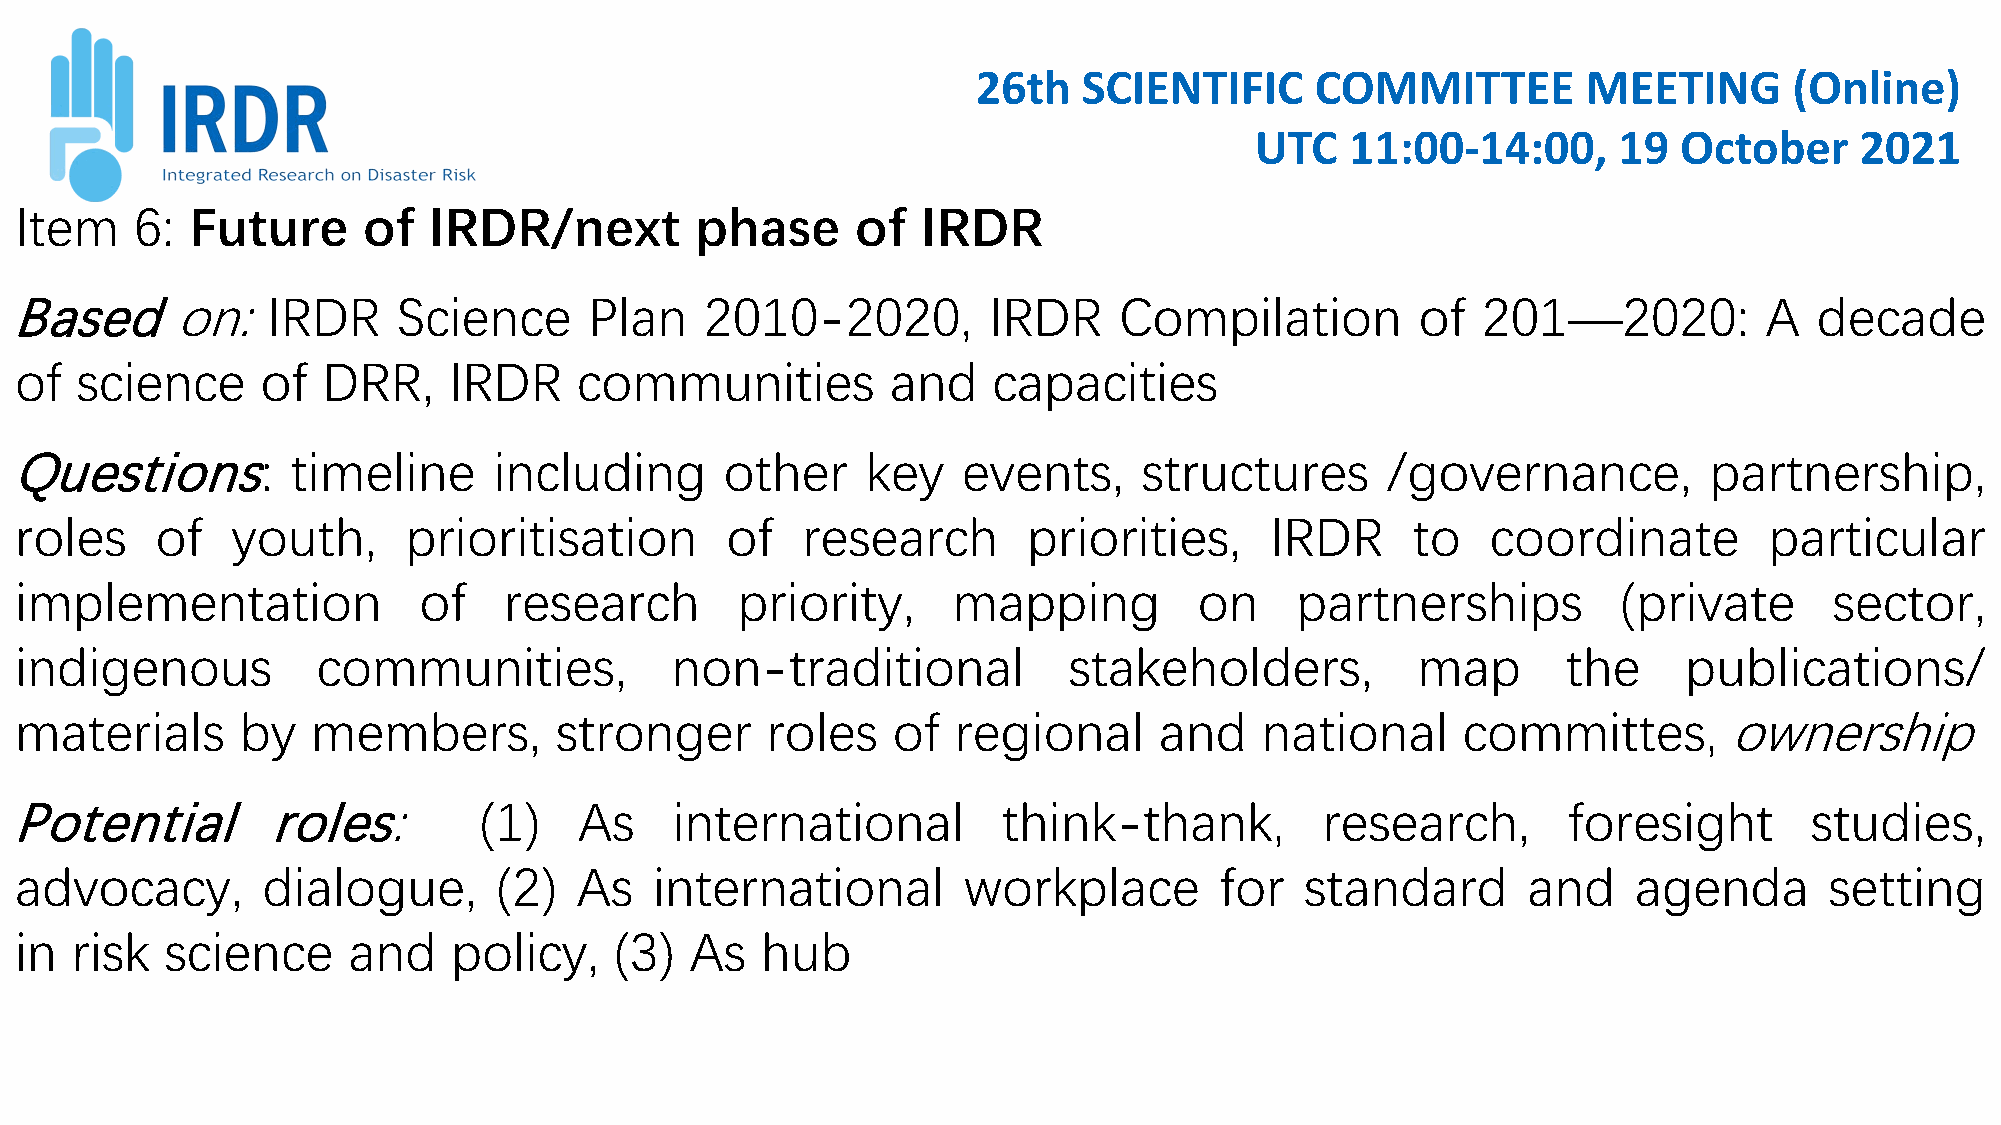
26th   SCIENTIFIC     COMMITTEE         MEETING       (Online)
 UTC   11:00-14:00,      19  October     2021
 Item    6:  Future     of  IRDR/next         phase      of  IRDR
 Basedon:IRDR             Science      Plan    2010-2020,        IRDR     Compilation         of  201—2020:          A  decade
 of  science     of  DRR,     IRDR    communities          and    capacities
 Questions:        timeline      including      other    key    events,     structures      /governance,         partnership,
 roles    of   youth,      prioritisation       of   research       priorities,     IRDR     to    coordinate        particular
 implementation             of   research        priority,     mapping         on     partnerships         (private      sector,
 indigenous          communities,           non-traditional            stakeholders,          map       the     publications/
 materials      by   members,        stronger      roles   of  regional      and   national      committes,       ownership
 Potential        roles:        (1)   As    international         think-thank,         research,        foresight       studies,
 advocacy,       dialogue,       (2)  As   international        workplace        for  standard       and    agenda       setting
 in  risk  science     and    policy,    (3)  As  hub